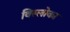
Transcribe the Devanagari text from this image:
विस्लोका